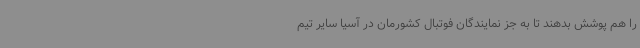
را هم پوشش بدهند تا به جز نمایندگان فوتبال کشورمان در آسیا سایر تیم